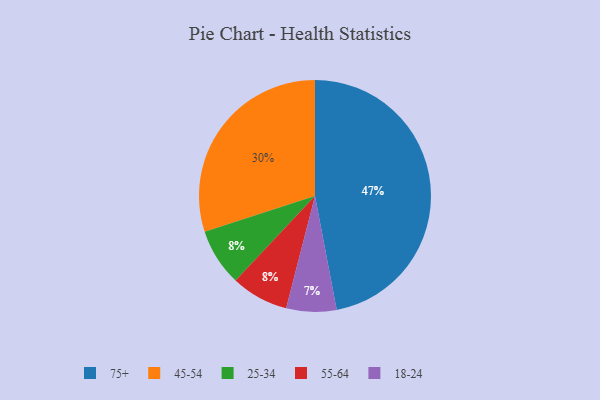
{"axis": {"x": "Category", "y": "Percentage"}, "legend": ["18-24", "25-34", "45-54", "55-64", "75+"], "data": [{"x": "75+", "y": 47, "type": "75+"}, {"x": "18-24", "y": 7, "type": "18-24"}, {"x": "25-34", "y": 8, "type": "25-34"}, {"x": "55-64", "y": 8, "type": "55-64"}, {"x": "45-54", "y": 30, "type": "45-54"}]}